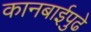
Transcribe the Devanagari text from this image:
कानबाईपुढे